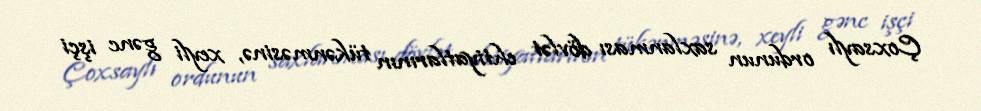
Çoxsaylı ordunun saxlanması dövlət ehtiyatlarının tükənməsinə, xeyli gənc işçi